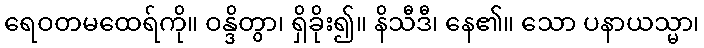
ရေဝတမထေရ်ကို။ ဝန္ဒိတွာ၊ ရှိခိုး၍။ နိသီဒီ၊ နေ၏။ သော ပနာယသ္မာ၊